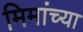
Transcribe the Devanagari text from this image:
मिमांच्या